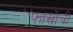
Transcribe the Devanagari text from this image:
फासोची